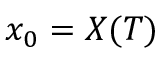
x _ { 0 } = X ( T )